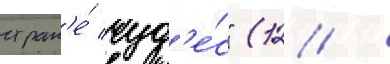
стран'е́ чуд'е́с" (12 /